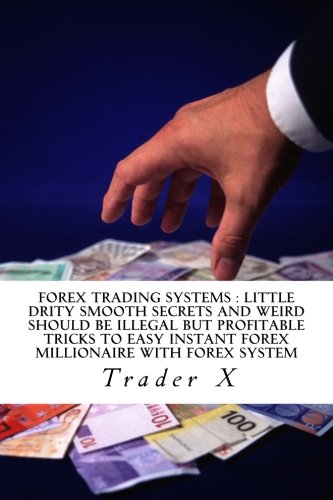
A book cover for Forex Trading Systems : Little Drity Smooth Secrets And Weird Should Be Illegal But Profitable Tricks To Easy Instant Forex Millionaire With Forex ... Losing Cycle Live Anywhere Join The New Rich; Trader X; Business & Money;